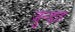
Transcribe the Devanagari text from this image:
जुन्डाह